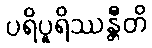
ပရိပူရိဿန္တီတိ